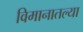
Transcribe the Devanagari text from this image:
विमानातल्या